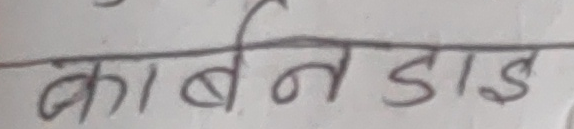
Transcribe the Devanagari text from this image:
कार्बनडाई